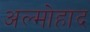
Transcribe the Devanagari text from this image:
अल्मोहाद